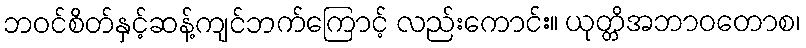
ဘဝင်စိတ်နှင့်ဆန့်ကျင်ဘက်ကြောင့် လည်းကောင်း။ ယုတ္တိအဘာဝတောစ၊